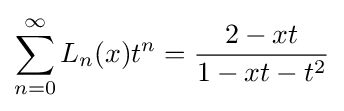
\sum _{n=0}^{\infty }L_{n}(x)t^{n}={\frac {2-xt}{1-xt-t^{2}}}